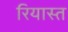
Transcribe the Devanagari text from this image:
रियास्त